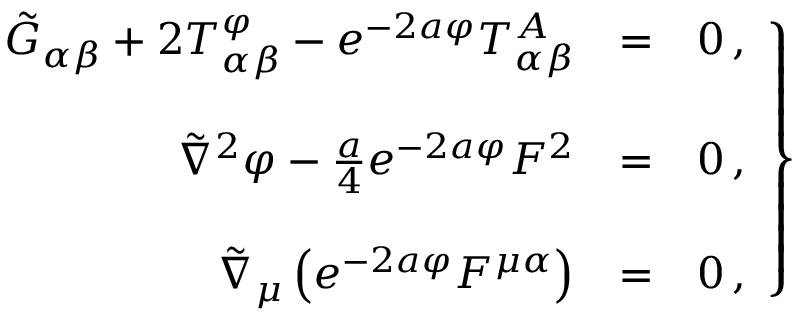
\left. \begin{array} { r c l } { { \tilde { G } _ { \alpha \beta } + 2 T _ { \alpha \beta } ^ { \varphi } - e ^ { - 2 a \varphi } T _ { \alpha \beta } ^ { A } } } & { { = } } & { { 0 \, , } } \\ { { } } & { { } } & { { } } \\ { { \tilde { \nabla } ^ { 2 } \varphi - { \textstyle \frac { a } { 4 } } e ^ { - 2 a \varphi } F ^ { 2 } } } & { { = } } & { { 0 \, , } } \\ { { } } & { { } } & { { } } \\ { { \tilde { \nabla } _ { \mu } \left( e ^ { - 2 a \varphi } F ^ { \mu \alpha } \right) } } & { { = } } & { { 0 \, , } } \end{array} \right\}